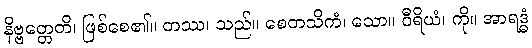
နိဗ္ဗတ္တေတိ၊ ဖြစ်စေ၏။ တဿ၊ သည်။ စေတသိကံ၊ သော။ ဝီရိယံ၊ ကို။ အာရဒ္ဓံ